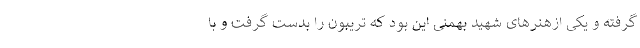
گرفته و یکی ازهنرهای شهید بهمنی این بود که تریبون را بدست گرفت و با